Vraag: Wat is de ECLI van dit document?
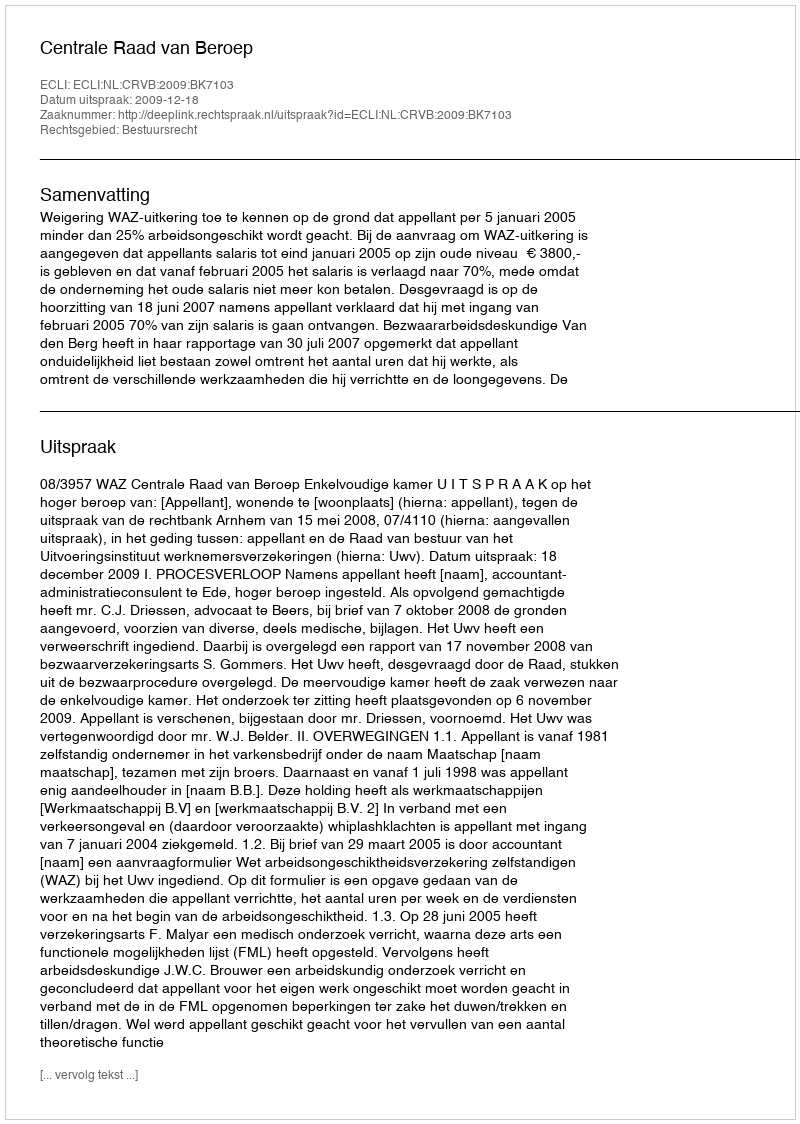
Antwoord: ECLI:NL:CRVB:2009:BK7103